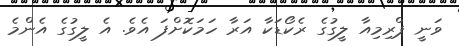
ވަނީ ޕްރިމިއާ ލީގުގެ ރެކޯޑަކާ އަރާ ހަމަކޮށްފަ އެވެ. އެ ލީގުގެ އެންމެ